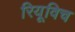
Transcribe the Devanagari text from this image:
रियूविच